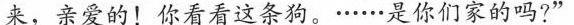
来，亲爱的!你看看这条狗。······是你们家的吗?”